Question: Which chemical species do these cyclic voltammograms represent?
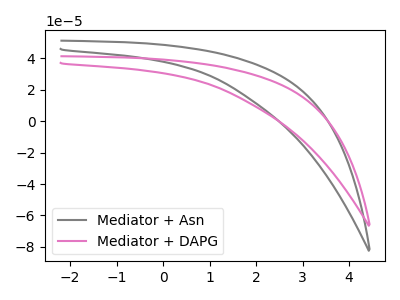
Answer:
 <answer>The gray curve is labeled "Mediator + Asn". The pink curve is labeled "Mediator + DAPG".</answer>
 <eval></eval>